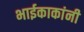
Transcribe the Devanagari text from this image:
भाईकाकांनी